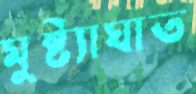
মুষ্ট্যাঘাত